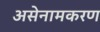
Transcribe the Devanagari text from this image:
असेनामकरण